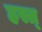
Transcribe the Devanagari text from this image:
हस्त्